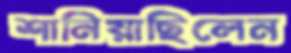
শানিয়াছিলেন